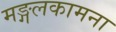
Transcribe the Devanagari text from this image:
मङ्गलकामना